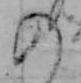
の